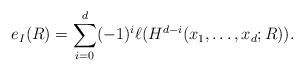
LaTeX: \begin{align*}e_I(R) = \displaystyle\sum_{i=0}^d (-1)^{i} \ell(H^{d-i}(x_1, \ldots, x_d;R)). \end{align*}